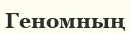
Геномның